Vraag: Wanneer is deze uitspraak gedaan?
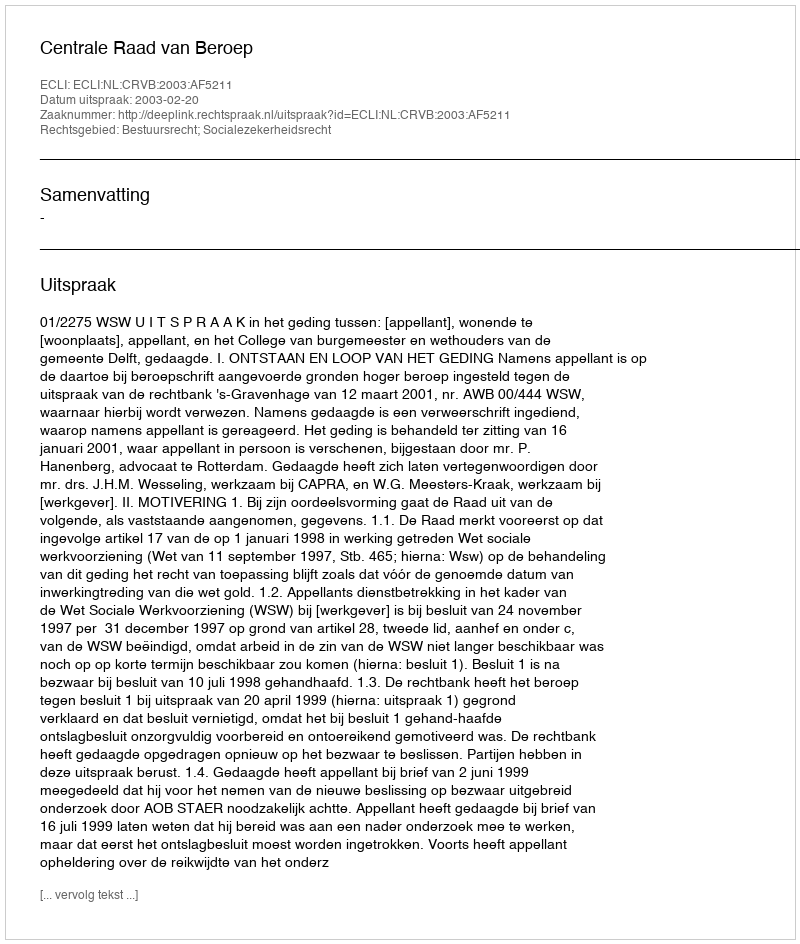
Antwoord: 2003-02-20